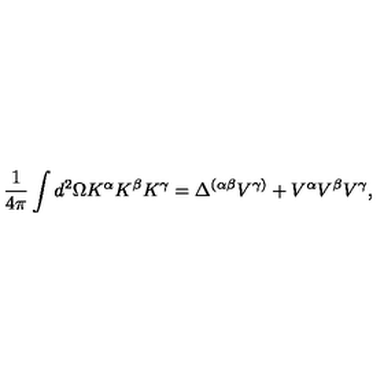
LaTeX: \frac { 1 } { 4 \pi } \int d ^ { 2 } \Omega K ^ { \alpha } K ^ { \beta } K ^ { \gamma } = \Delta ^ { ( \alpha \beta } V ^ { \gamma ) } + V ^ { \alpha } V ^ { \beta } V ^ { \gamma } ,